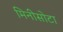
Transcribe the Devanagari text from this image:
मिनीसोटा